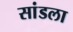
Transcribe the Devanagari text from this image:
सांडला